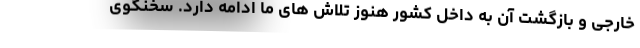
خارجی و بازگشت آن به داخل کشور هنوز تلاش های ما ادامه دارد. سخنگوی